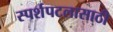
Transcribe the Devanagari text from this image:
स्पर्शपटलासाठी